Annual report of the Punjab Veterinary College and of the Civil Veterinary Department, Punjab - 1926-1932
Year: 1926
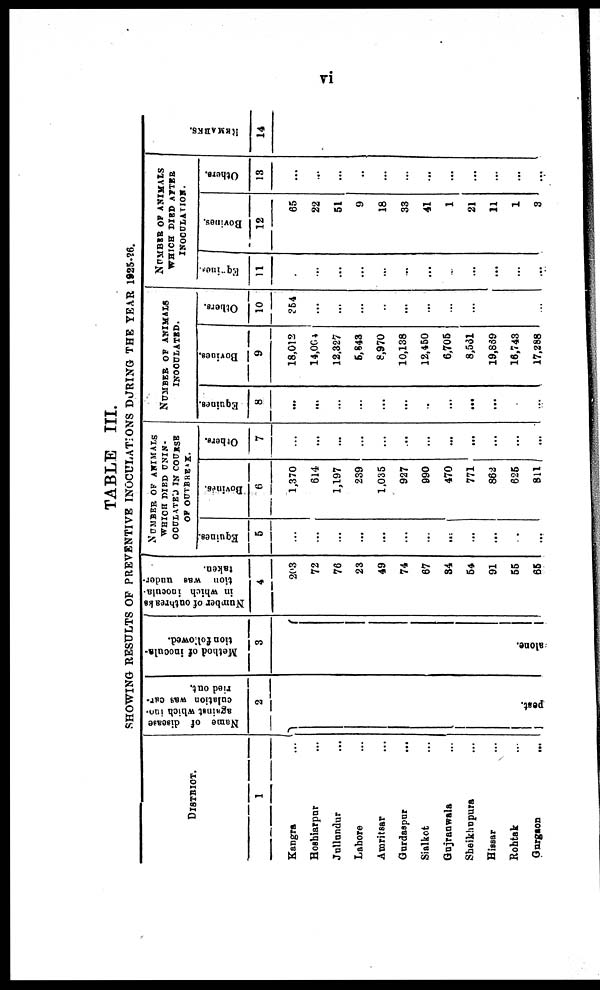
vi
TABLE III.
SHOWING RESULTS OF PREVENTIVE INOCULATIONS DURING THE YEAR 1925-26.
DISTRICT
1
Kangra ...
Boshiarpur ...
Jullundur ...
Lahore ...
Amritsar ...
Gurdaspur
...
Sialkot ...
Gujranwala ...
Sheikhupura ...
Hissar ...
Rohtak ...
Gurgaon
...
Name of discase
against
which inc-
culation
was car-
ried out.
2
pert.
Method of inocula-
tion followed.
3
alone.
Number of outbreaks
in which ioocula-
tion was under-
taken.
4
203
72
76
23
49
74
67
84
64
91
65
66
NOMBER OF ANIMALS
WHICH DIED UNIN-
OCULATED IN COURSE
OF OUTBREAK.
Equines.
5
...
...
...
...
...
...
...
...
...
...
...
...
Bovine*.
6
1,370
614
1,197
239
1.035
927
990
470
771
882
626
811
Others.
7
...
...
...
...
...
...
...
...
...
...
...
...
NUMBER OF ANIMALS
INOCULATED
Equines.
8
...
...
...
...
...
...
...
...
...
...
...
...
Bovines.
9
18,012
14,068
12,327
5,843
8,970
10,138
12,450
6,705
8,531
19,869
16,743
17,288
Others.
10
?64
...
...
...
...
...
...
...
...
...
...
...
NUMBER OF ANIMALS
WHICH DIED AFTER
INOCULATION.
Equines.
11
...
...
...
...
...
...
...
-
...
...
...
...
Bovines.
12
65
22
51
9
18
33
41
1
21
11
1
3
Others.
13
...
...
...
...
...
...
...
...
...
...
...
...
REMARKS.
14